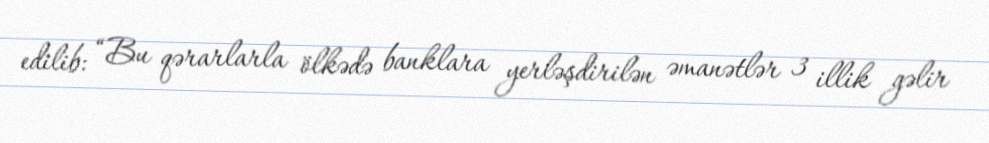
edilib: “Bu qərarlarla ölkədə banklara yerləşdirilən əmanətlər 3 illik gəlir